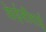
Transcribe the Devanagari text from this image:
केईसीवाई